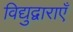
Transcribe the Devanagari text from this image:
विद्युद्वाराएँ